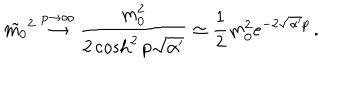
LaTeX: \tilde { m _ { 0 } } ^ { 2 } \stackrel { p \to \infty } { \rightarrow } \frac { m _ { 0 } ^ { 2 } } { 2 \cosh ^ { 2 } p \sqrt { \alpha ^ { \prime } } } \simeq \frac { 1 } { 2 } m _ { 0 } ^ { 2 } e ^ { - 2 \sqrt { \alpha ^ { \prime } } p } \, .